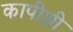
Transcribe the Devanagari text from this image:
कापीशी